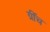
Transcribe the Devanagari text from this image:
ग्रींच